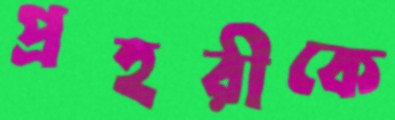
প্রহরীকে